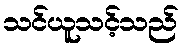
သင်ယူသင့်သည်